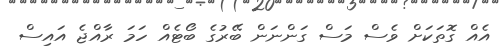
އެއް ގޮތަކަށް ވެސް މަސް ގަންނަން ބޭރުގެ ބޯޓެއް ހަމަ ރާއްޖެ އައިސް